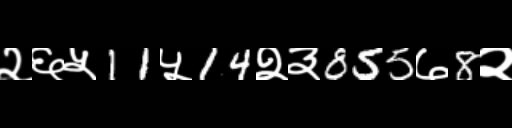
Text: २६५11५14२३855७8२